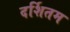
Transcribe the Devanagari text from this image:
दर्शितम